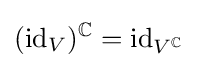
(\mathrm {id} _{V})^{\mathbb {C} }=\mathrm {id} _{V^{\mathbb {C} }}